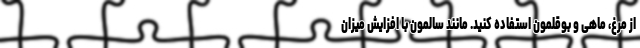
از مرغ، ماهی و بوقلمون استفاده کنید. مانند سالمون با افزایش میزان